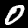
Label: 0